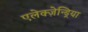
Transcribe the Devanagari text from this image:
एलेक्ज़ेन्ड्रिया